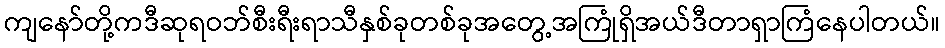
ကျနော်တို့ကဒီဆုရဝဘ်စီးရီးရာသီနှစ်ခုတစ်ခုအတွေ့အကြုံရှိအယ်ဒီတာရှာကြံနေပါတယ်။